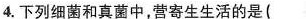
4.下列细菌和真菌中，营寄生生活的是( )